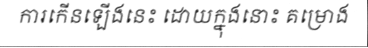
ការកើនឡើងនេះ ដោយក្នុងនោះ គម្រោង